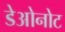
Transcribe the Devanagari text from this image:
डेओनोट